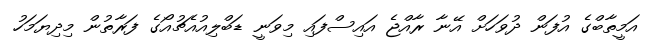
އަމީތާބްގެ އުފަން ދުވަހަށް އޭނާ ރާއްޖެ އަައިސްފައި މިވަނީ ޑަބްލިއުއެޗުއޯގެ ފަރާތުން މިދިޔަމަހު